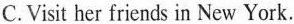
C. Visit her friends in New York.